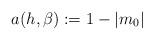
LaTeX: \begin{align*} a(h,\beta) := 1 - |m_0|\end{align*}